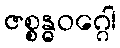
ဇစ္စန္ဓဝဂ္ဂေါ